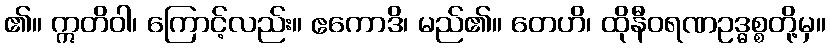
၏။ ဣတိဝါ၊ ကြောင့်လည်း။ ဧကောဒိ၊ မည်၏။ တေဟိ၊ ထိုနီဝရဏဥဒ္ဓစ္စတို့မှ။